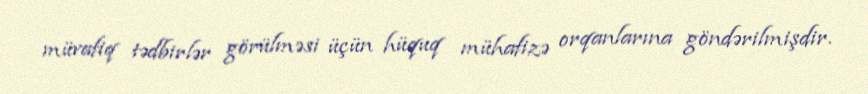
müvafiq tədbirlər görülməsi üçün hüquq mühafizə orqanlarına göndərilmişdir.